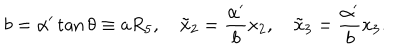
b = \alpha ^ { \prime } \tan \theta \equiv a R _ { 5 } , \quad \tilde { x } _ { 2 } = \frac { \alpha ^ { \prime } } { b } x _ { 2 } , \quad \tilde { x } _ { 3 } = \frac { \alpha ^ { \prime } } { b } x _ { 3 } .